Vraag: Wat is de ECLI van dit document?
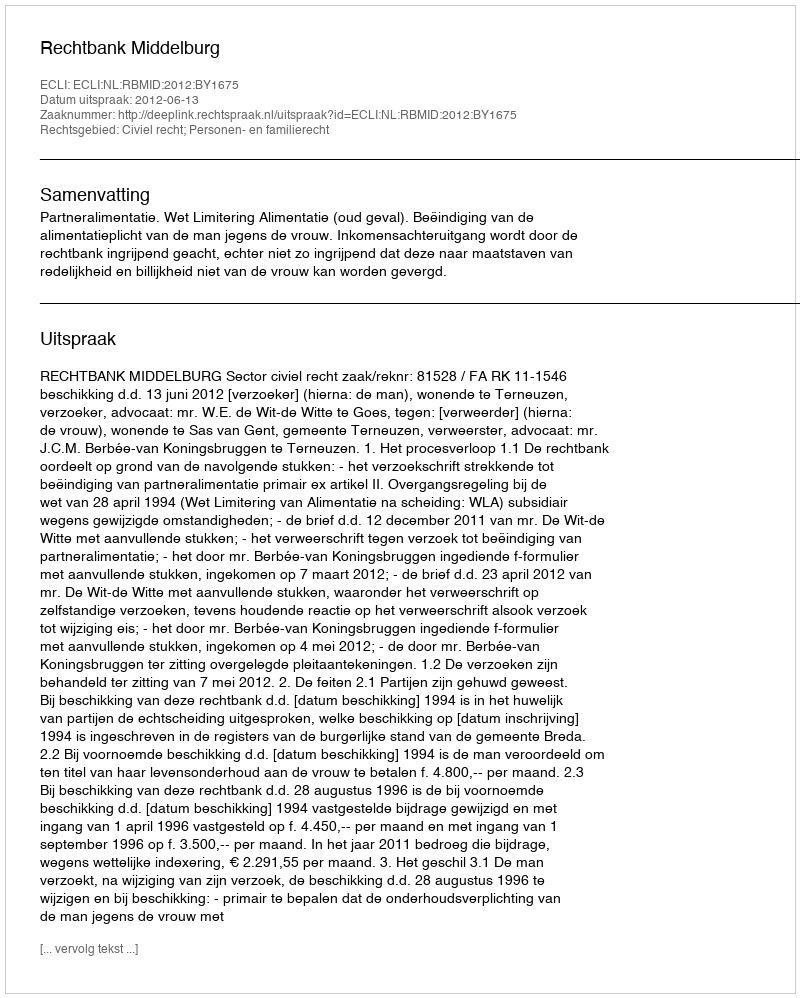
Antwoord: ECLI:NL:RBMID:2012:BY1675